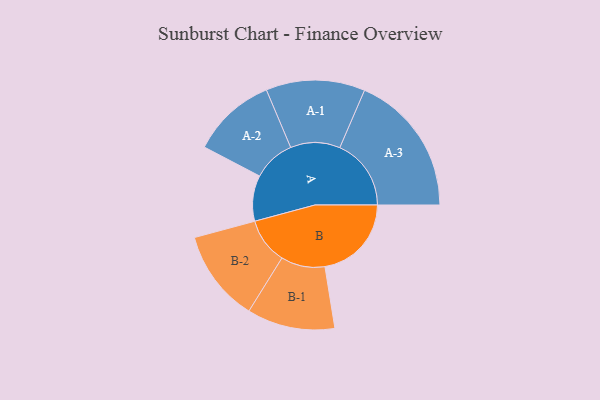
{"axis": {"x": "Segment", "y": "Value"}, "legend": ["", "A", "B"], "data": [{"x": "A", "y": 157, "type": ""}, {"x": "B", "y": 297, "type": ""}, {"x": "A-1", "y": 170, "type": "A"}, {"x": "A-2", "y": 145, "type": "A"}, {"x": "A-3", "y": 245, "type": "A"}, {"x": "B-1", "y": 151, "type": "B"}, {"x": "B-2", "y": 158, "type": "B"}]}